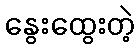
နွေးထွေးတဲ့